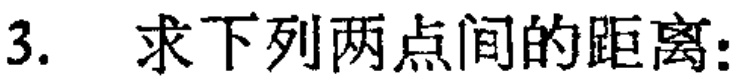
3. 求下列两点间的距离: